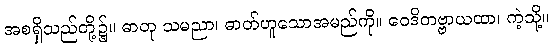
အစရှိသည်တို့၌။ ဓာတု သမညာ၊ ဓာတ်ဟူသောအမည်ကို။ ဝေဒိတဗ္ဗာယထာ၊ ကဲ့သို့။